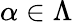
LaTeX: \alpha\in\Lambda